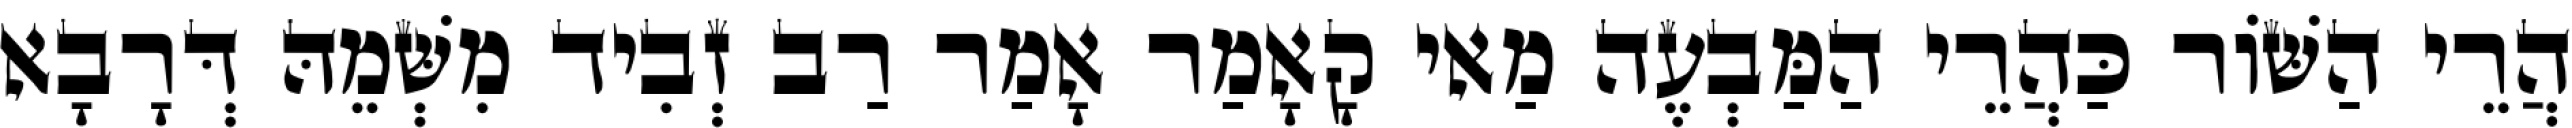
הֲרֵי הַשּׁוֹר כַּהֲרֵי הַמַּבְעֶה מַאי קָאָמַר אָמַר רַב זְבִיד מִשְּׁמֵהּ דְּרָבָא